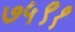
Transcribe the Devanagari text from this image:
७५९१